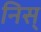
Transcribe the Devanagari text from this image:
निस्‌